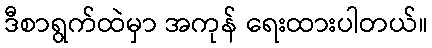
ဒီစာရွက်ထဲမှာ အကုန် ရေးထားပါတယ်။